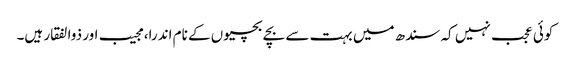
کوئی عجب نہیں کہ سندھ میں بہت سے بچے بچیوں کے نام اندرا، مجیب اور ذوالفقار ہیں۔